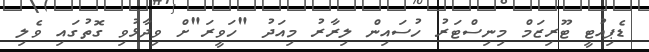
ޑެޕިއުޓީ ޓޫރިޒަމް މިނިސްޓަރު ހުސައިން ލިރާރު މިއަދު "ހަވީރަ"ށް ވިދާޅުވި ގޮތުގައި ވެލި